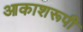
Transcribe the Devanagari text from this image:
आकाशरूपी